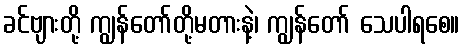
ခင်ဗျားတို့ ကျွန်တော်တို့မတားနဲ့၊ ကျွန်တော် သေပါရစေ။